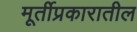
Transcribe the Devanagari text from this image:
मूर्तीप्रकारातील